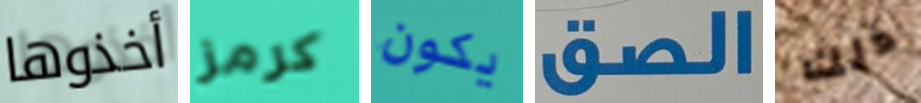
أخذوها كرمز يكون الصق ذلك